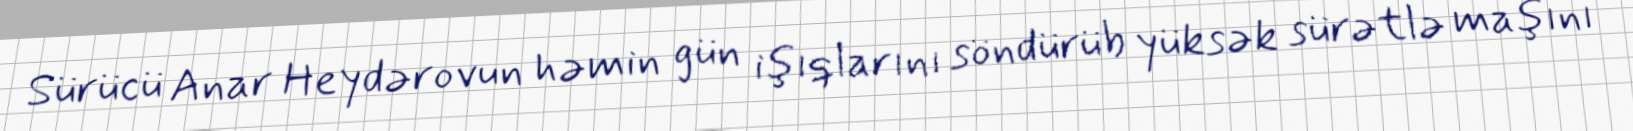
Sürücü Anar Heydərovun həmin gün işıqlarını söndürüb yüksək sürətlə maşını